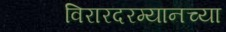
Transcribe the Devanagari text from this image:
विरारदरम्यानच्या